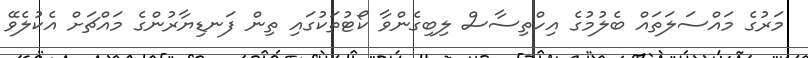
މަރުގެ މައްސަލަތައް ބެލުމުގެ އިހްތިސާސް ލިބިގެންވާ ކޯޓުތަކުގައި ތިން ފަނޑިޔާރުންގެ މައްޗަށް އެކުލެވޭ